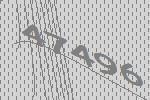
47496